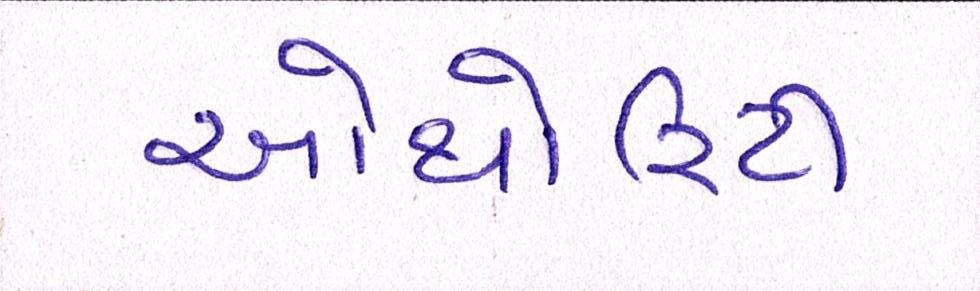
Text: ઓથોરિટી